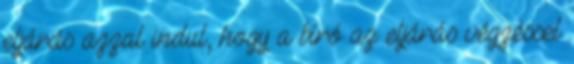
eljárás azzal indul, hogy a bíró az eljárás végzéssel